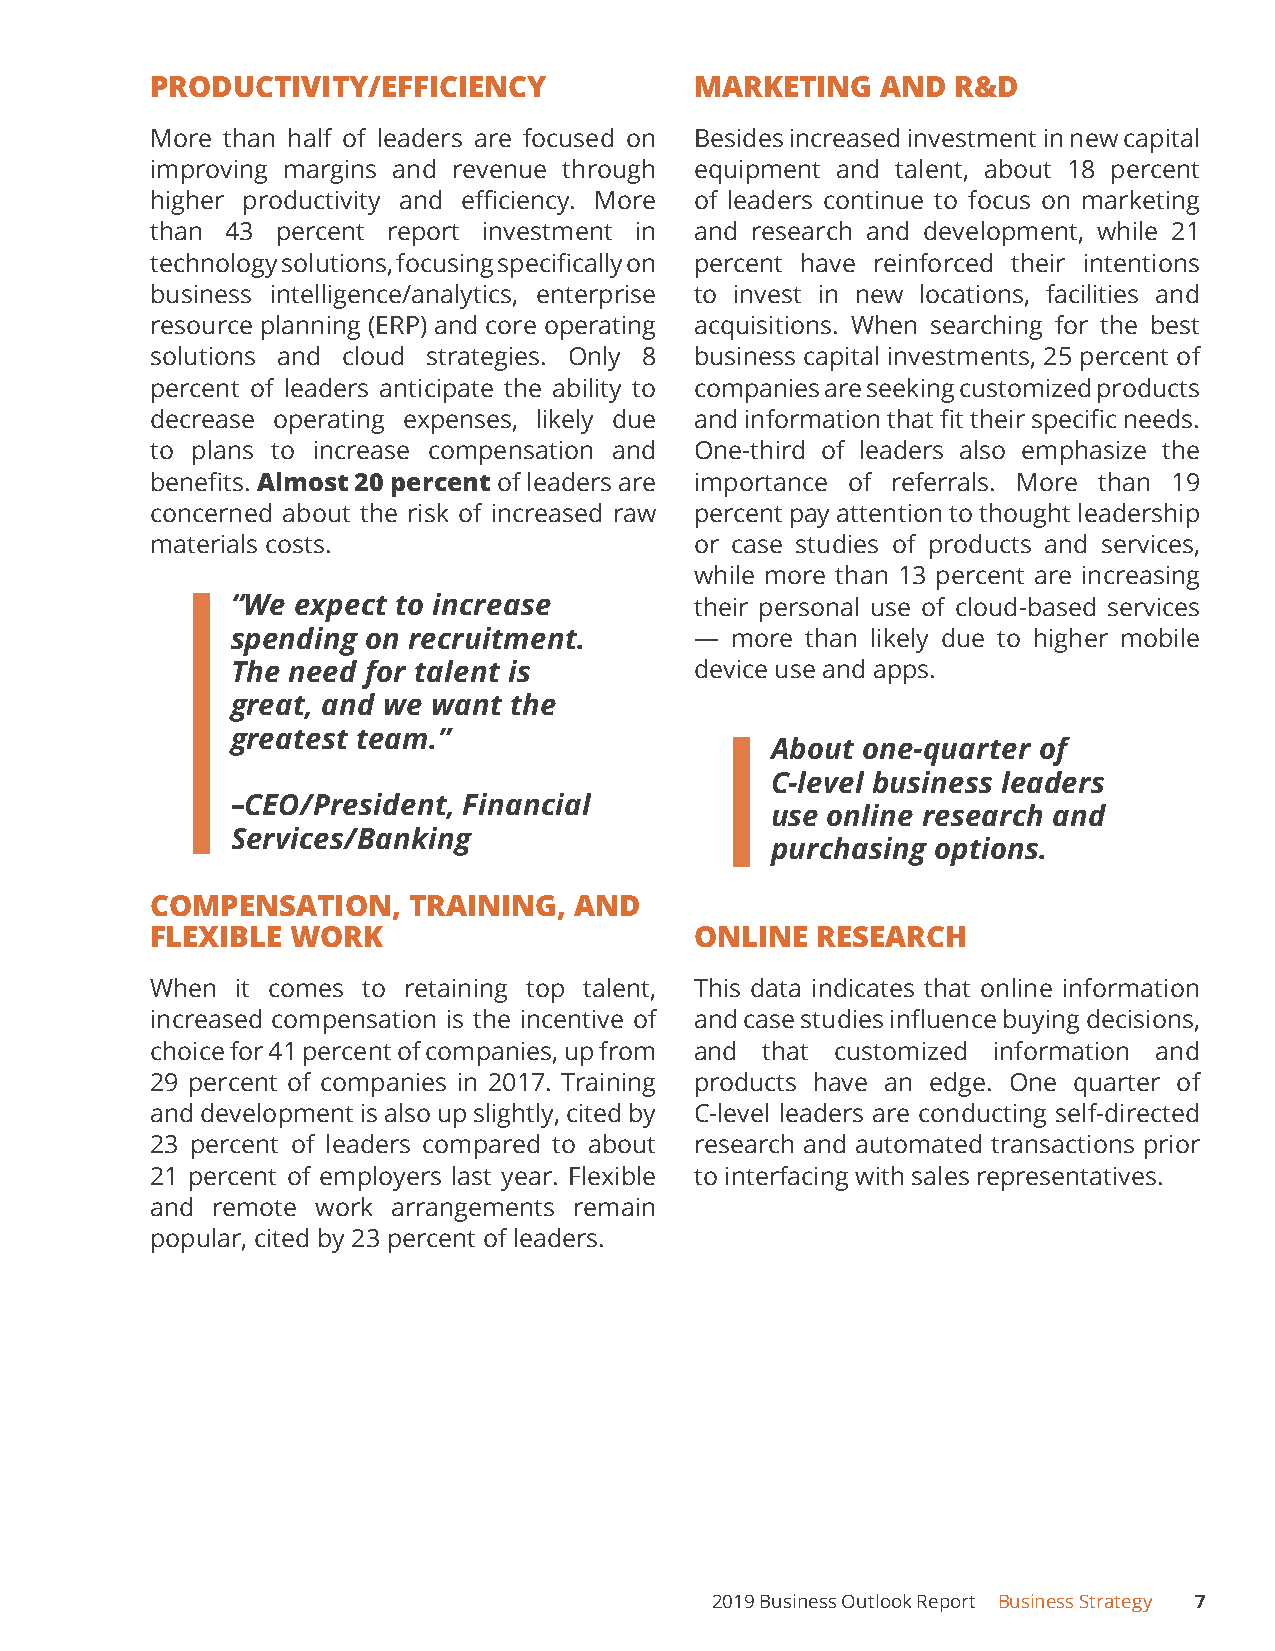
PRODUCTIVITY/EFFICIENCY             MARKETING   AND  R&D
 More than half of leaders are focused on Besides increased investment in new capital
 improving margins and revenue through equipment and talent, about 18 percent
 higher productivity and efficiency. More of leaders continue to focus on marketing
 than 43 percent report investment in and research and development, while 21
 technology solutions, focusing specifically on percent have reinforced their intentions
 business intelligence/analytics, enterprise to invest in new locations, facilities and
 resource planning (ERP) and core operating acquisitions. When searching for the best
 solutions and cloud strategies. Only 8 business capital investments, 25 percent of
 percent of leaders anticipate the ability to companies are seeking customized products
 decrease operating expenses, likely due and information that fit their specific needs.
 to plans to increase compensation and One-third of leaders also emphasize the
 benefits. Almost 20 percent of leaders are importance of referrals. More than 19
 concerned about the risk of increased raw percent pay attention to thought leadership
 materials costs.                    or case studies of products and services,
 while more than 13 percent are increasing
 “We expect to increase         their personal use of cloud-based services
 spending on recruitment.       — more than likely due to higher mobile
 The need for talent is         device use and apps.
 great, and we want the
 greatest team.”
 About one-quarter of
 C-level business leaders
 –CEO/President, Financial
 use online research and
 Services/Banking
 purchasing options.
 COMPENSATION,    TRAINING,  AND
 FLEXIBLE WORK                       ONLINE  RESEARCH
 When  it comes to retaining top talent, This data indicates that online information
 increased compensation is the incentive of and case studies influence buying decisions,
 choice for 41 percent of companies, up from and that customized information and
 29 percent of companies in 2017. Training products have an edge. One quarter of
 and development is also up slightly, cited by C-level leaders are conducting self-directed
 23 percent of leaders compared to about research and automated transactions prior
 21 percent of employers last year. Flexible to interfacing with sales representatives.
 and remote work arrangements remain
 popular, cited by 23 percent of leaders.
 2019 Business Outlook Report Business Strategy 7